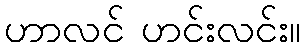
ဟာလင် ဟင်းလင်း။